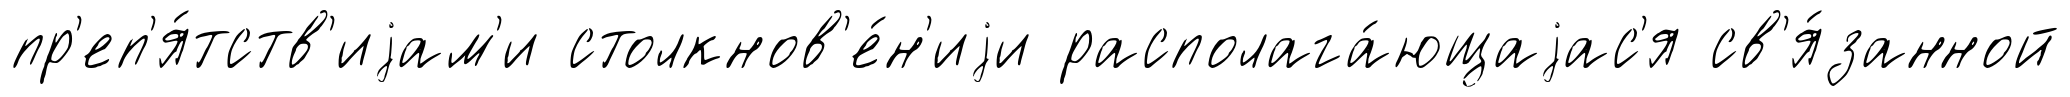
пр'еп'я́тств'иjам'и столкнов'е́н'иjи располага́ющаjас'я св'я́занной